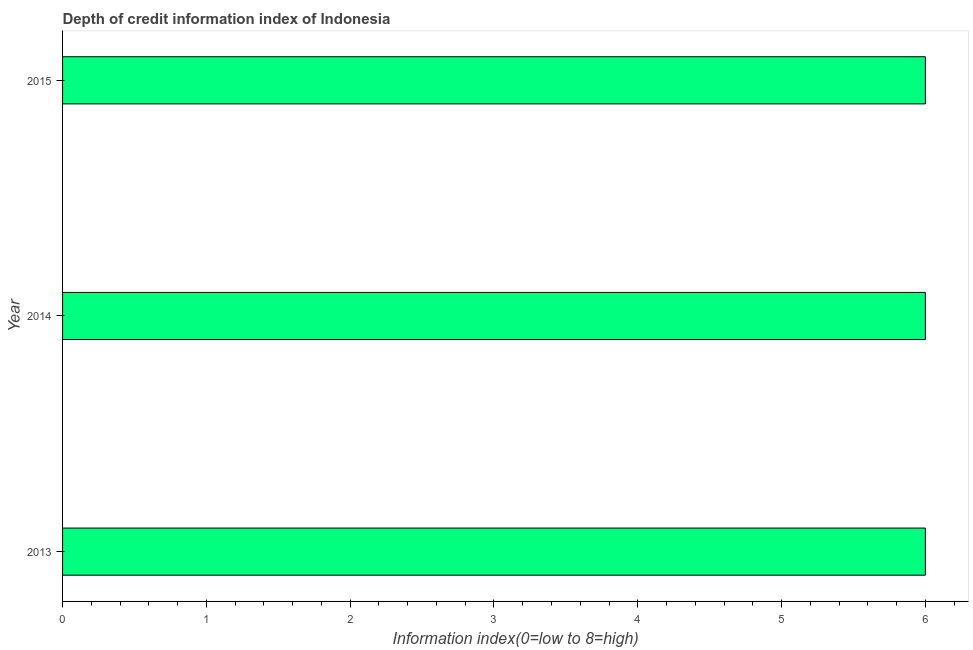
| Year | Depth of credit information index |
 | --- | --- |
 | 2013 | 6 |
 | 2014 | 6 |
 | 2015 | 6 |